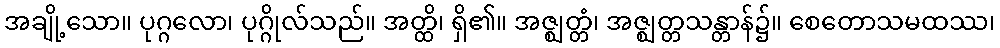
အချို့သော။ ပုဂ္ဂလော၊ ပုဂ္ဂိုလ်သည်။ အတ္ထိ၊ ရှိ၏။ အဇ္ဈတ္တံ၊ အဇ္ဈတ္တသန္တာန်၌။ စေတောသမထဿ၊